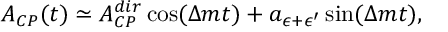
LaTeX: A _ { C P } ( t ) \simeq A _ { C P } ^ { d i r } \cos ( \Delta m t ) + a _ { \epsilon + \epsilon ^ { \prime } } \sin ( \Delta m t ) ,